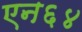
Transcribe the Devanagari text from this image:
एन६४